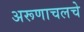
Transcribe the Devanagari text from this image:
अरूणाचलचे